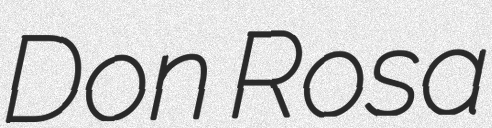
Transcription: Don Rosa